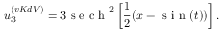
u _ { 3 } ^ { ( v K d V ) } = 3 \mathrm { ~ s ~ e ~ c ~ h ~ } ^ { 2 } \left[ \frac { 1 } { 2 } ( x - \mathrm { ~ s ~ i ~ n ~ } ( t ) ) \right] .